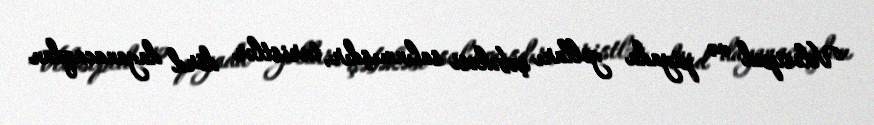
Velosiped və piyada yolları şəbəkəsi salınmışdır, turistlər dörd dayanacaqdan